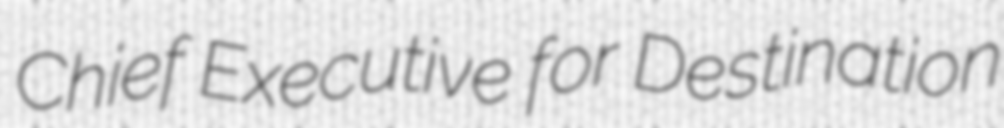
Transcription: Chief Executive for Destination